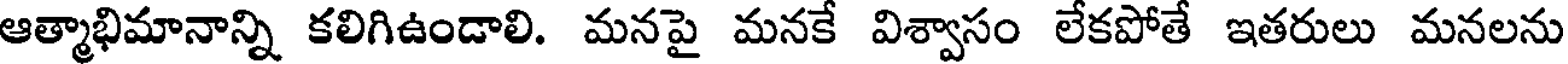
ఆత్మాభిమానాన్ని కలిగిఉండాలి. మనపై మనకే విశ్వాసం లేకపోతే ఇతరులు మనలను